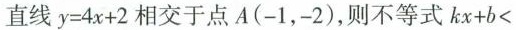
直线$$y = 4 x + 2$$相交于点 A(-1，-2)，则不等式 $$k x + b <